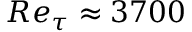
R e _ { \tau } \approx 3 7 0 0